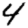
Digit: 4